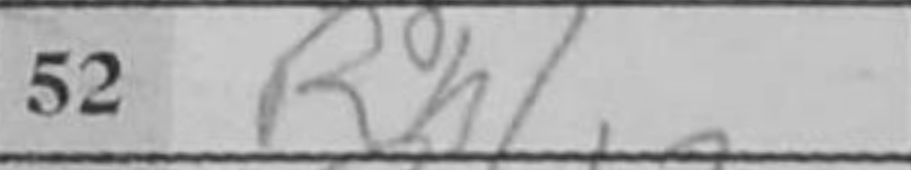
Transcription: Rh1